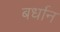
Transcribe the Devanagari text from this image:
बर्धान